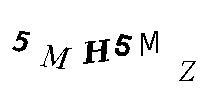
5MH5MZ